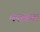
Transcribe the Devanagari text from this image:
मशरूम।